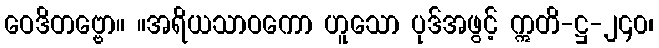
ဝေဒိတဗ္ဗော။ ။အရိယသာဝကော ဟူသော ပုဒ်အဖွင့် ဣတိ-ဋ္ဌ-၂၄၀၊